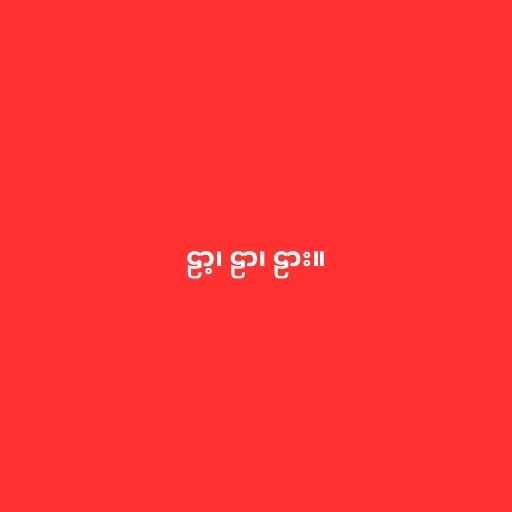
ဠာ့၊ ဠာ၊ ဠား။